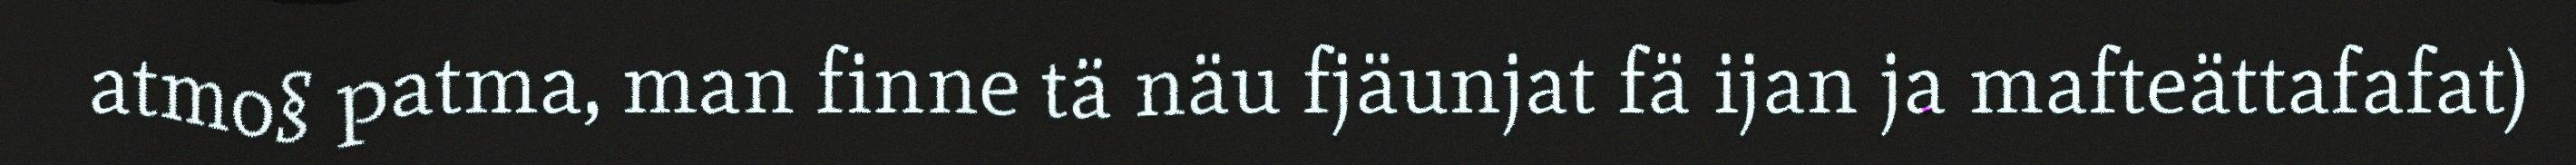
atmo§ patma, man finne tä näu fjäunjat fä ijan ja mafteättafafat)